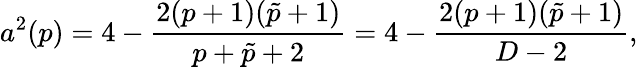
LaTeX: a^{2}(p)=4-{\frac{2(p+1)(\tilde{p}+1)}{p+\tilde{p}+2}}=4-{\frac{2(p+1)(\tilde{p}+1)}{D-2}},